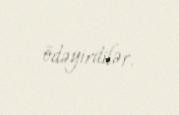
ödəyirdilər.